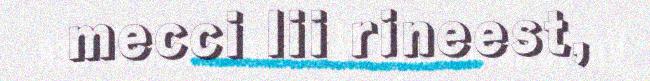
mecci lii rineest,